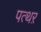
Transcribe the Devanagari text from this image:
पत्थऱ